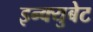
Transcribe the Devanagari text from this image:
इन्क्युबेट